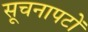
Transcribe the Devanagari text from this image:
सूचनापटों